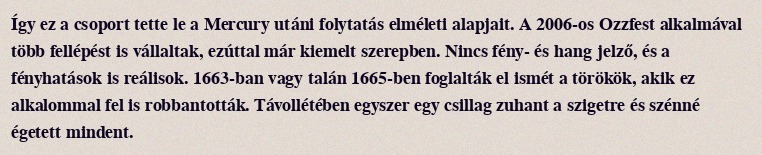
Így ez a csoport tette le a Mercury utáni folytatás elméleti alapjait. A 2006-os Ozzfest alkalmával több fellépést is vállaltak, ezúttal már kiemelt szerepben. Nincs fény- és hang jelző, és a fényhatások is reálisok. 1663-ban vagy talán 1665-ben foglalták el ismét a törökök, akik ez alkalommal fel is robbantották. Távollétében egyszer egy csillag zuhant a szigetre és szénné égetett mindent.